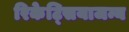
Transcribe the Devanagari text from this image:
रिकेट्सियाजन्य